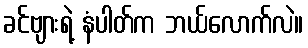
ခင်ဗျားရဲ့ နံပါတ်က ဘယ်လောက်လဲ။